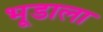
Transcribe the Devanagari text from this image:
भूडाला